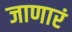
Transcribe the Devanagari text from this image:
जाणारं